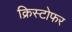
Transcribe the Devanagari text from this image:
क्रिस्‍टोफर